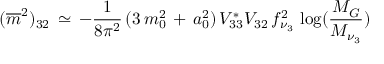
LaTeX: ( \overline { { { m } } } ^ { 2 } ) _ { 3 2 } \, \simeq \, - \frac { 1 } { 8 \pi ^ { 2 } } \, ( 3 \, m _ { 0 } ^ { 2 } \, + \, a _ { 0 } ^ { 2 } ) \, V _ { 3 3 } ^ { * } V _ { 3 2 } \, f _ { \nu _ { 3 } } ^ { 2 } \, \log ( \frac { M _ { G } } { M _ { \nu _ { 3 } } } )